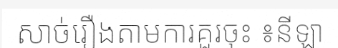
សាច់រឿងតាមការគួរចុះ ៖នីឡា